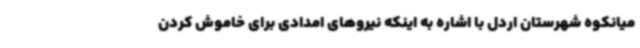
میانکوه شهرستان اردل با اشاره به اینکه نیروهای امدادی برای خاموش کردن